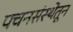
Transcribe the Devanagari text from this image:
पचनसंस्थेतून